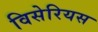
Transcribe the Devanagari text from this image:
विसेरियस